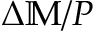
\Delta \mathbb { M } / P